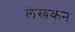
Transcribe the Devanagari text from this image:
लेखंकन